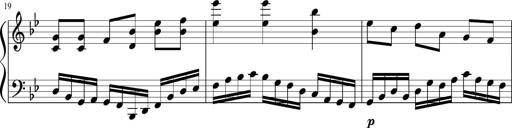
Title: Sonatina in F major
Composer: Ethan Ngo
Key: F major